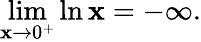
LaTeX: \operatorname*{lim}_{\mathbf{x}\to0^{+}}\ln\mathbf{x}=-\infty.